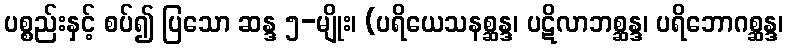
ပစ္စည်းနှင့် စပ်၍ ပြသော ဆန္ဒ ၅-မျိုး၊ (ပရိယေသနစ္ဆန္ဒ၊ ပဋိလာဘစ္ဆန္ဒ၊ ပရိဘောဂစ္ဆန္ဒ၊